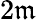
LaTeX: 2\mathfrak{m}